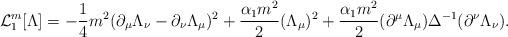
LaTeX: \begin{align*}{\cal L}_1^m{}[\Lambda] = - {1 \over 4}m^2 (\partial_\mu \Lambda_\nu - \partial_\nu \Lambda_\mu)^2+ {\alpha_1 m^2 \over 2}(\Lambda_\mu)^2+ {\alpha_1 m^2 \over 2}(\partial^\mu \Lambda_\mu)\Delta^{-1}(\partial^\nu \Lambda_\nu) .\end{align*}